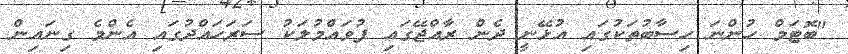
"ބޮޓަމް ހުންނަ ހިސާބުތަކުގައި އުޅޭނީ ދެން ރާއްޖޭގައި ފުވައްމުލަކު ސަރަހައްދުގައި އެންމެ ގިނައިން